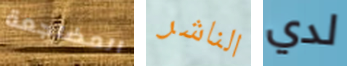
المضاجعة الناشر لدي